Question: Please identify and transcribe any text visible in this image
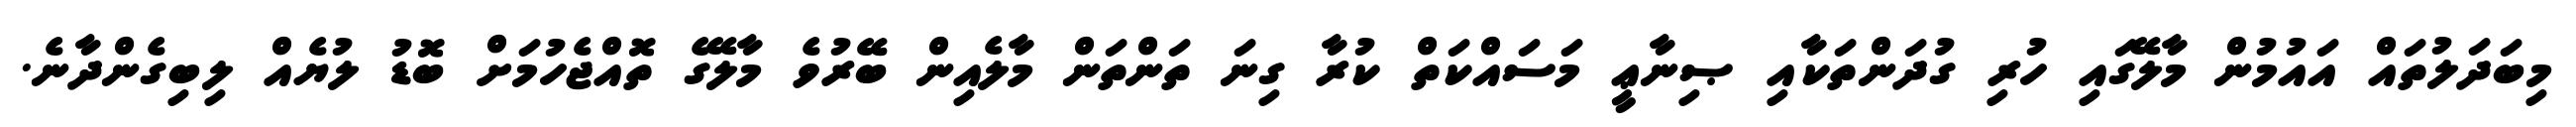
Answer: މިބަދަލުތައް އައުމުން މާލޭގައި ހުރި ގުދަންތަކާއި ޞިނާޢީ މަސައްކަތް ކުރާ ގިނަ ތަންތަން މާލެއިން ބޭރުވެ މާލޭގެ ތޮއްޖެހުމަށް ބޮޑު ލުޔެއް ލިބިގެންދާނެ.